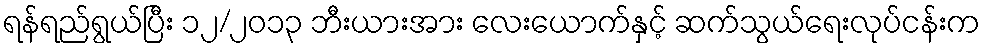
ရန်ရည်ရွယ်ပြီး ၁၂/၂၀၁၃ ဘီးယားအား လေးယောက်နှင့် ဆက်သွယ်ရေးလုပ်ငန်းက